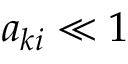
a _ { k i } \ll 1